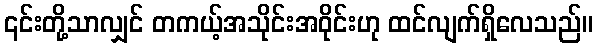
၎င်းတို့သာလျှင် တကယ့်အသိုင်းအဝိုင်းဟု ထင်လျက်ရှိလေသည်။